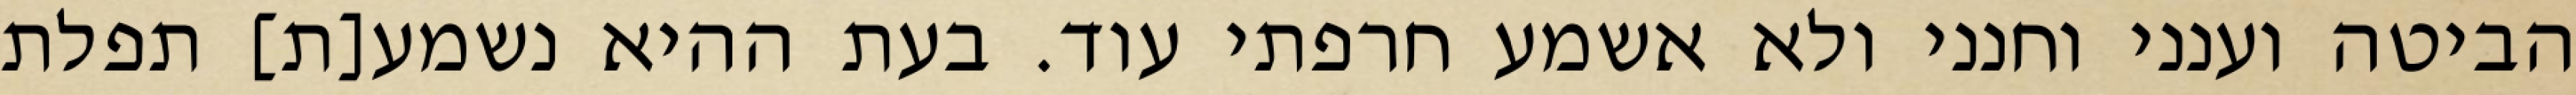
הביטה וענני וחנני ולא אשמע חרפתי עוד. בעת ההיא נשמע[ת] תפלת